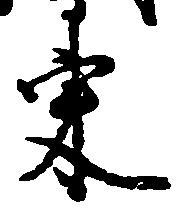
東